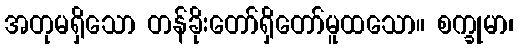
အတုမရှိသော တန်ခိုးတော်ရှိတော်မူထသော။ စက္ခုမာ၊